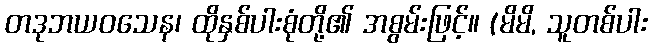
တဒုဘယဝသေန၊ ထိုနှစ်ပါးစုံတို့၏ အစွမ်းဖြင့်။ (မိမိ, သူတစ်ပါး